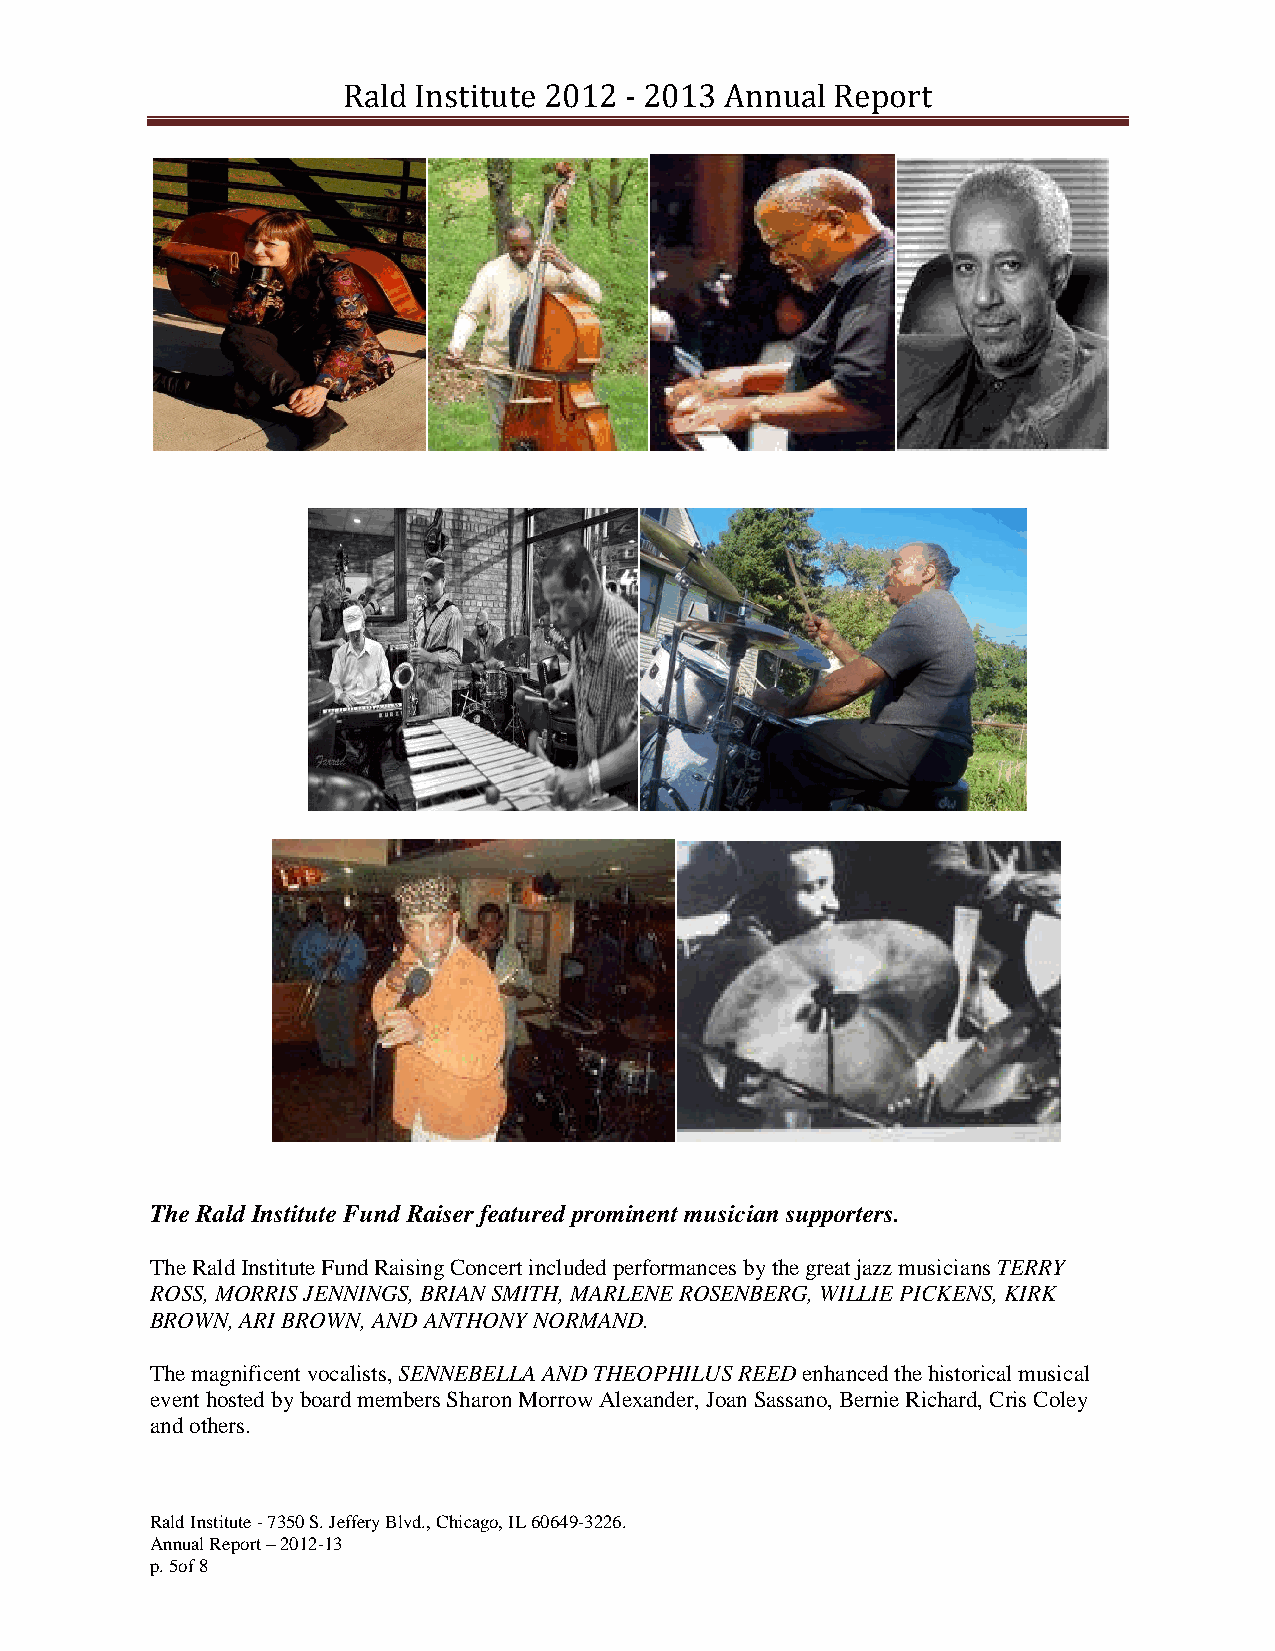
Rald Institute 2012 - 2013 Annual Report
 The Rald Institute Fund Raiser featured prominent musician supporters.
 The Rald Institute Fund Raising Concert included performances by the great jazz musicians TERRY
 ROSS, MORRIS JENNINGS, BRIAN SMITH, MARLENE ROSENBERG, WILLIE PICKENS, KIRK
 BROWN, ARI BROWN, AND ANTHONY NORMAND.
 The magnificent vocalists, SENNEBELLA AND THEOPHILUS REED enhanced the historical musical
 event hosted by board members Sharon Morrow Alexander, Joan Sassano, Bernie Richard, Cris Coley
 and others.
 Rald Institute - 7350 S. Jeffery Blvd., Chicago, IL 60649-3226.
 Annual Report – 2012-13
 p. 5of 8